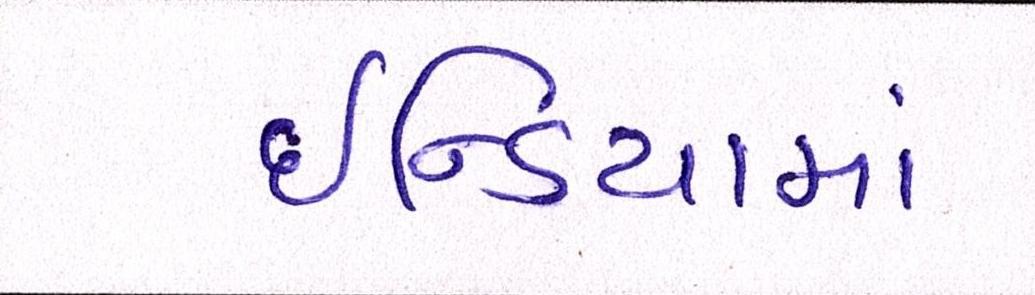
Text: ઇન્ડિયામાં